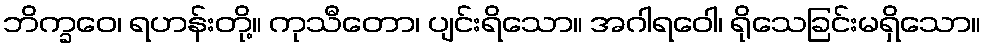
ဘိက္ခဝေ၊ ရဟန်းတို့။ ကုသီတော၊ ပျင်းရိသော။ အဂါရဝေါ၊ ရိုသေခြင်းမရှိသော။